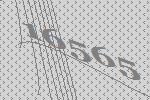
16565